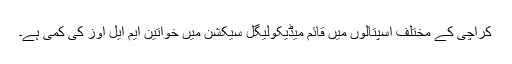
کراچی کے مختلف اسپتالوں میں قائم میڈیکولیگل سیکشن میں خواتین ایم ایل اوز کی کمی ہے۔